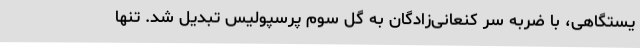
یستگاهی، با ضربه سر کنعانی‌زادگان به گل سوم پرسپولیس تبدیل شد. تنها